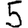
Digit: 5